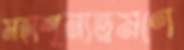
মহাশূন্যভ্রমণে